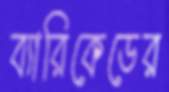
ব্যারিকেডের